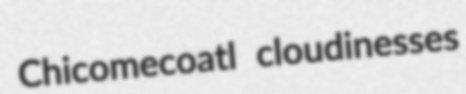
Chicomecoatl cloudinesses